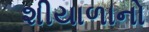
શીયાળાનો